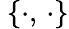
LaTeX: \ \{ \cdot,\, \cdot\}